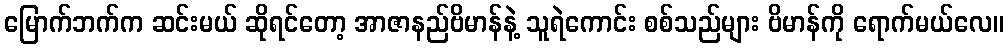
မြောက်ဘက်က ဆင်းမယ် ဆိုရင်တော့ အာဇာနည်ဗိမာန်နဲ့ သူရဲကောင်း စစ်သည်များ ဗိမာန်ကို ရောက်မယ်လေ။